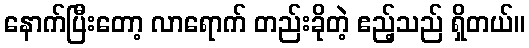
နောက်ပြီးတော့ လာရောက် တည်းခိုတဲ့ ဧည့်သည် ရှိတယ်။